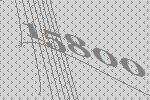
15800